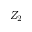
Z _ { 2 }